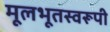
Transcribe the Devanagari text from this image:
मूलभूतस्वरूपी